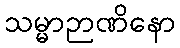
သမ္မာဉာဏိနော